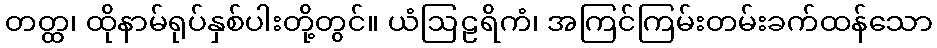
တတ္ထ၊ ထိုနာမ်ရုပ်နှစ်ပါးတို့တွင်။ ယံဩဠရိကံ၊ အကြင်ကြမ်းတမ်းခက်ထန်သော